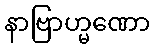
နာဗြာဟ္မဏော